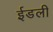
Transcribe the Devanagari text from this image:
ईडली